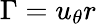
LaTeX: \Gamma=u_{\theta}r